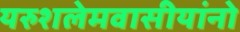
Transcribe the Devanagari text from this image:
यरुशलेमवासीयांनो